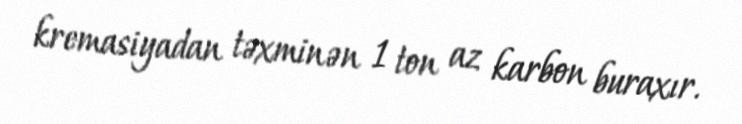
kremasiyadan təxminən 1 ton az karbon buraxır.